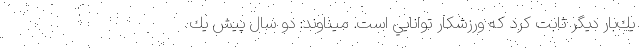
يك‌بار ديگر ثابت كرد كه ورزشكار توانايي است. ميناوند: دو سال پيش يك